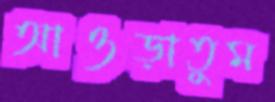
আওড়াতুম